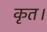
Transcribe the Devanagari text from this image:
कृत।